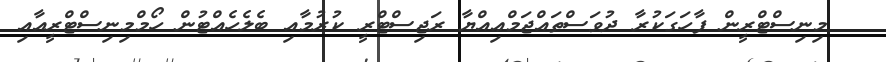
މިނިސްޓްރީން ފާހަގަކުރާ ދުވަސްތައްޖަމްޢިއްޔާ ރަޖިސްޓްރީ ކުރުމާއި ބެލެހެއްޓުން ހޯމްމިނިސްޓްރީއާއި